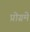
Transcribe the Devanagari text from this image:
प्रोग्रमे